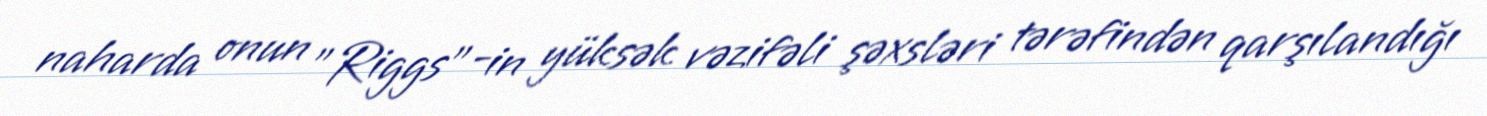
naharda onun "Riggs"-in yüksək vəzifəli şəxsləri tərəfindən qarşılandığı